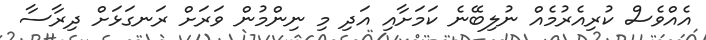
އެއްވެސް ކުރިއެރުމެއް ނުލިބޭނެ ކަމަށާއި އަދި މި ނިންމުން ވަރަށް ރަނގަޅަށް ދިރާސާ